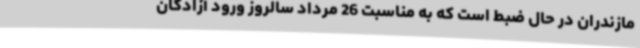
مازندران در حال ضبط است که به مناسبت 26 مرداد سالروز ورود آزادگان